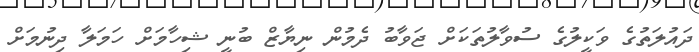
ދައުލަތުގެ ވަކީލުގެ ސުވާލުތަކަށް ޖަވާބު ދެމުން ނިޔާޒް ބުނީ ޝިހާމަށް ހަމަލާ ދިނުމަށް